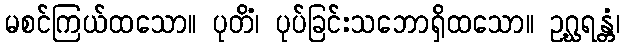
မစင်ကြယ်ထသော။ ပုတိံ၊ ပုပ်ခြင်းသဘောရှိထသော။ ဥဂ္ဃရန္တံ၊